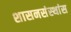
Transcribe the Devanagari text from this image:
शासनसंस्थांस